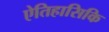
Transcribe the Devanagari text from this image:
ऐतिहासिकि